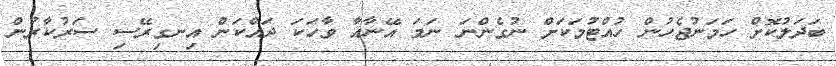
ބަދަލުކޮށް ހަމަނުޖެހުން ހުއްޓުމަކަށް ނުގެންނަ ނަމަ އޭނާއާ ވާހަކަ ދައްކަން އިނގިރޭސި ސަރުކާރުން